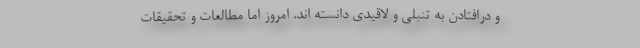
و درافتادن به تنبلی و لاقیدی دانسته اند. امروز اما مطالعات و تحقیقات